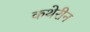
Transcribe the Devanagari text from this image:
कथेरीन